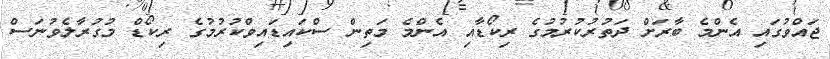
ޖައްވުގައި އެންމެ ބާރަށް ދަތުރުކުރުމުގެ ރިކޯޑާއި އެންމެ މަތިން ސްކައިޑައިވްކުރުމުގެ ރިކޯޑް މުގުރާލެވުނަސް